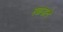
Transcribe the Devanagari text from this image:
रबाडाने